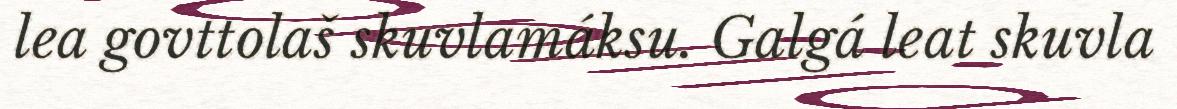
lea govttolaš skuvlamáksu. Galgá leat skuvla